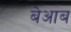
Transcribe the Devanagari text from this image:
बेआब